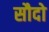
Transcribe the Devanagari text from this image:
सौदो